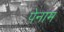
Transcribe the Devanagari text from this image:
पेनाम